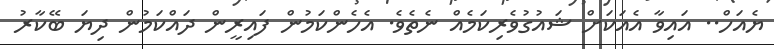
ޔެއަހް.. އައިވާ އެއަކަށް ޝައުގުވެރިކަމެއް ނެތެވެ. އެހެންކަމުން ފައިރީން ދައްކަމުން ދިޔަ ބޭކާރު